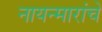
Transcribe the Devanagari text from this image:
नायन्मारांचे